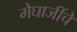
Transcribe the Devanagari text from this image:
मेघाजींचे